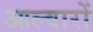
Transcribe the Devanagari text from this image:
आल्वारों